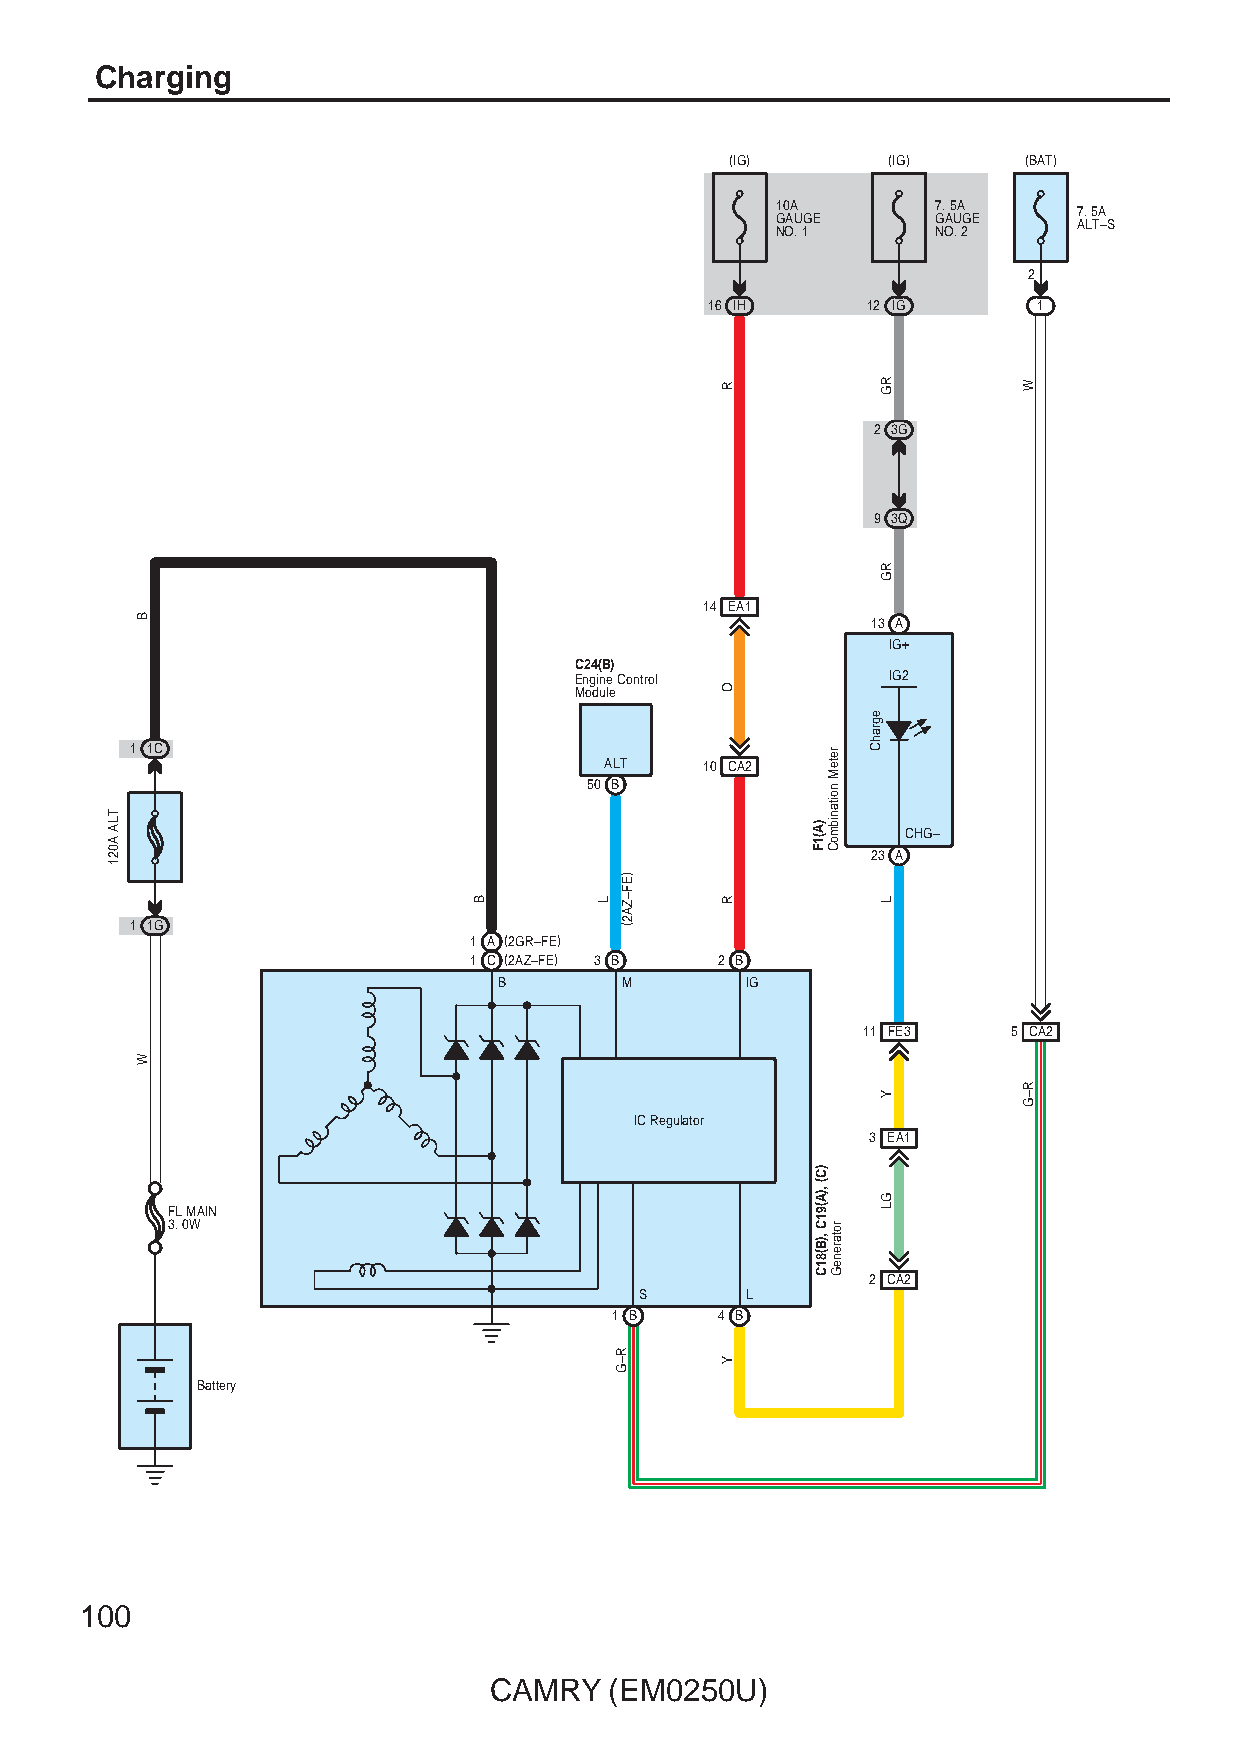
Charging
 (IG)       (IG)     (BAT)
 10A        7. 5A    7. 5A
 GAUGE      GAUGE    ALT–S
 NO. 1      NO. 2
 2
 16 IH     12 IG       1
 2 3G
 9 3Q
 14 EA1
 13 A
 IG+
 C24(B)
 Engine Control       IG2
 Module
 1 1C
 ALT    10 CA2
 50 B
 CHG–
 23 A
 1 1G
 1 A (2GR–FE)
 1 C (2AZ–FE) 3 B 2 B
 B       M       IG
 11 FE3    5 CA2
 IC Regulator
 3 EA1
 FL MAIN
 3. 0W
 2 CA2
 S      L
 1 B    4 B
 Battery
 100
 CAMRY   (EM0250U)
 TLA
 A021
 B
 W
 B        L
 )EF–ZA2(
 R–G
 R
 O
 R
 Y
 )A(1F
 )C(
 ,)A(91C
 ,)B(81C
 reteM
 noitanibmoC
 rotareneG
 egrahC
 RG
 RG
 L
 Y
 GL
 W
 R–G